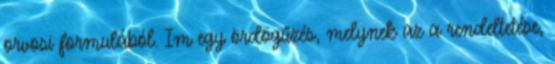
orvosi formulából. Im egy ördögűzés, melynek az a rendeltetése,